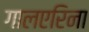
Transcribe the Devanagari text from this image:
गालएरिना